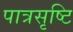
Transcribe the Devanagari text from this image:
पात्रसृष्टि